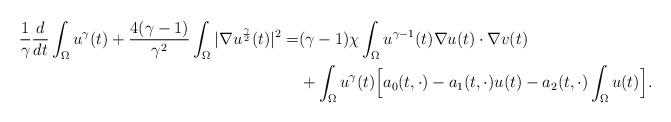
LaTeX: \begin{align*} \frac{1}{\gamma}\frac{d}{dt}\int_{\Omega}u^{\gamma}(t)+\frac{4(\gamma-1)}{\gamma^2}\int_{\Omega} |\nabla u^{\frac{\gamma}{2}}(t)|^2=&(\gamma-1)\chi\int_{\Omega}u^{\gamma-1}(t)\nabla u (t)\cdot \nabla v(t) \\ &+\int_{\Omega}u^{\gamma}(t)\Big[a_0(t,\cdot)-a_1(t,\cdot)u(t)-a_2(t,\cdot)\int_{\Omega}u(t) \Big]. \end{align*}